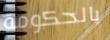
بالحكومة